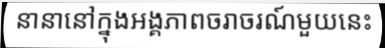
នានានៅក្នុងអង្គភាពចរាចរណ៍មួយនេះ